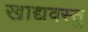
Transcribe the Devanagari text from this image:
खाद्यवस्तु